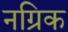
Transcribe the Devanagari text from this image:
नग्रिक